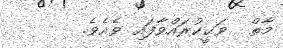
މާތް  ވަޙީކުރައްވާފައި ވެއެވެ.